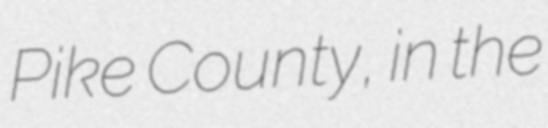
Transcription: Pike County, in the